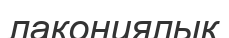
лакониялық